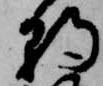
朝